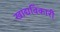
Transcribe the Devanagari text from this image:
खाद्यविकारी